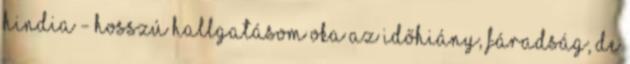
Hindia - Hosszú hallgatásom oka az időhiány, fáradság, de